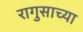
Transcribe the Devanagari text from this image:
रागुसाच्या